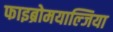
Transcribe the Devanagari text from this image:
फाइब्रोमयाल्जिया